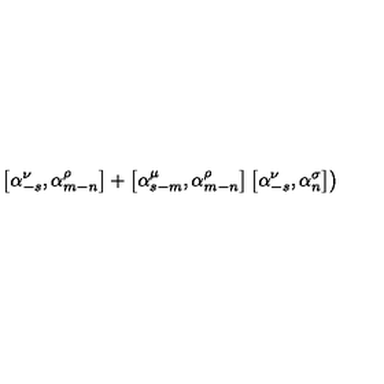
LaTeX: \left. \left[ { \alpha } _ { - s } ^ { \nu } , { \alpha } _ { m - n } ^ { \rho } \right] + \left[ { \alpha } _ { s - m } ^ { \mu } , { \alpha } _ { m - n } ^ { \rho } \right] \left[ { \alpha } _ { - s } ^ { \nu } , { \alpha } _ { n } ^ { \sigma } \right] \right)